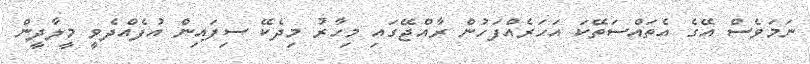
ނަމަވެސް އޭގެ އެތައްސަތޭކަ އަހަރެއްފަހުން ރާއްޖޭގައި މިހާރު މިދެކޭ ސިފައިން އުފެއްދެވީ މީލާދީން